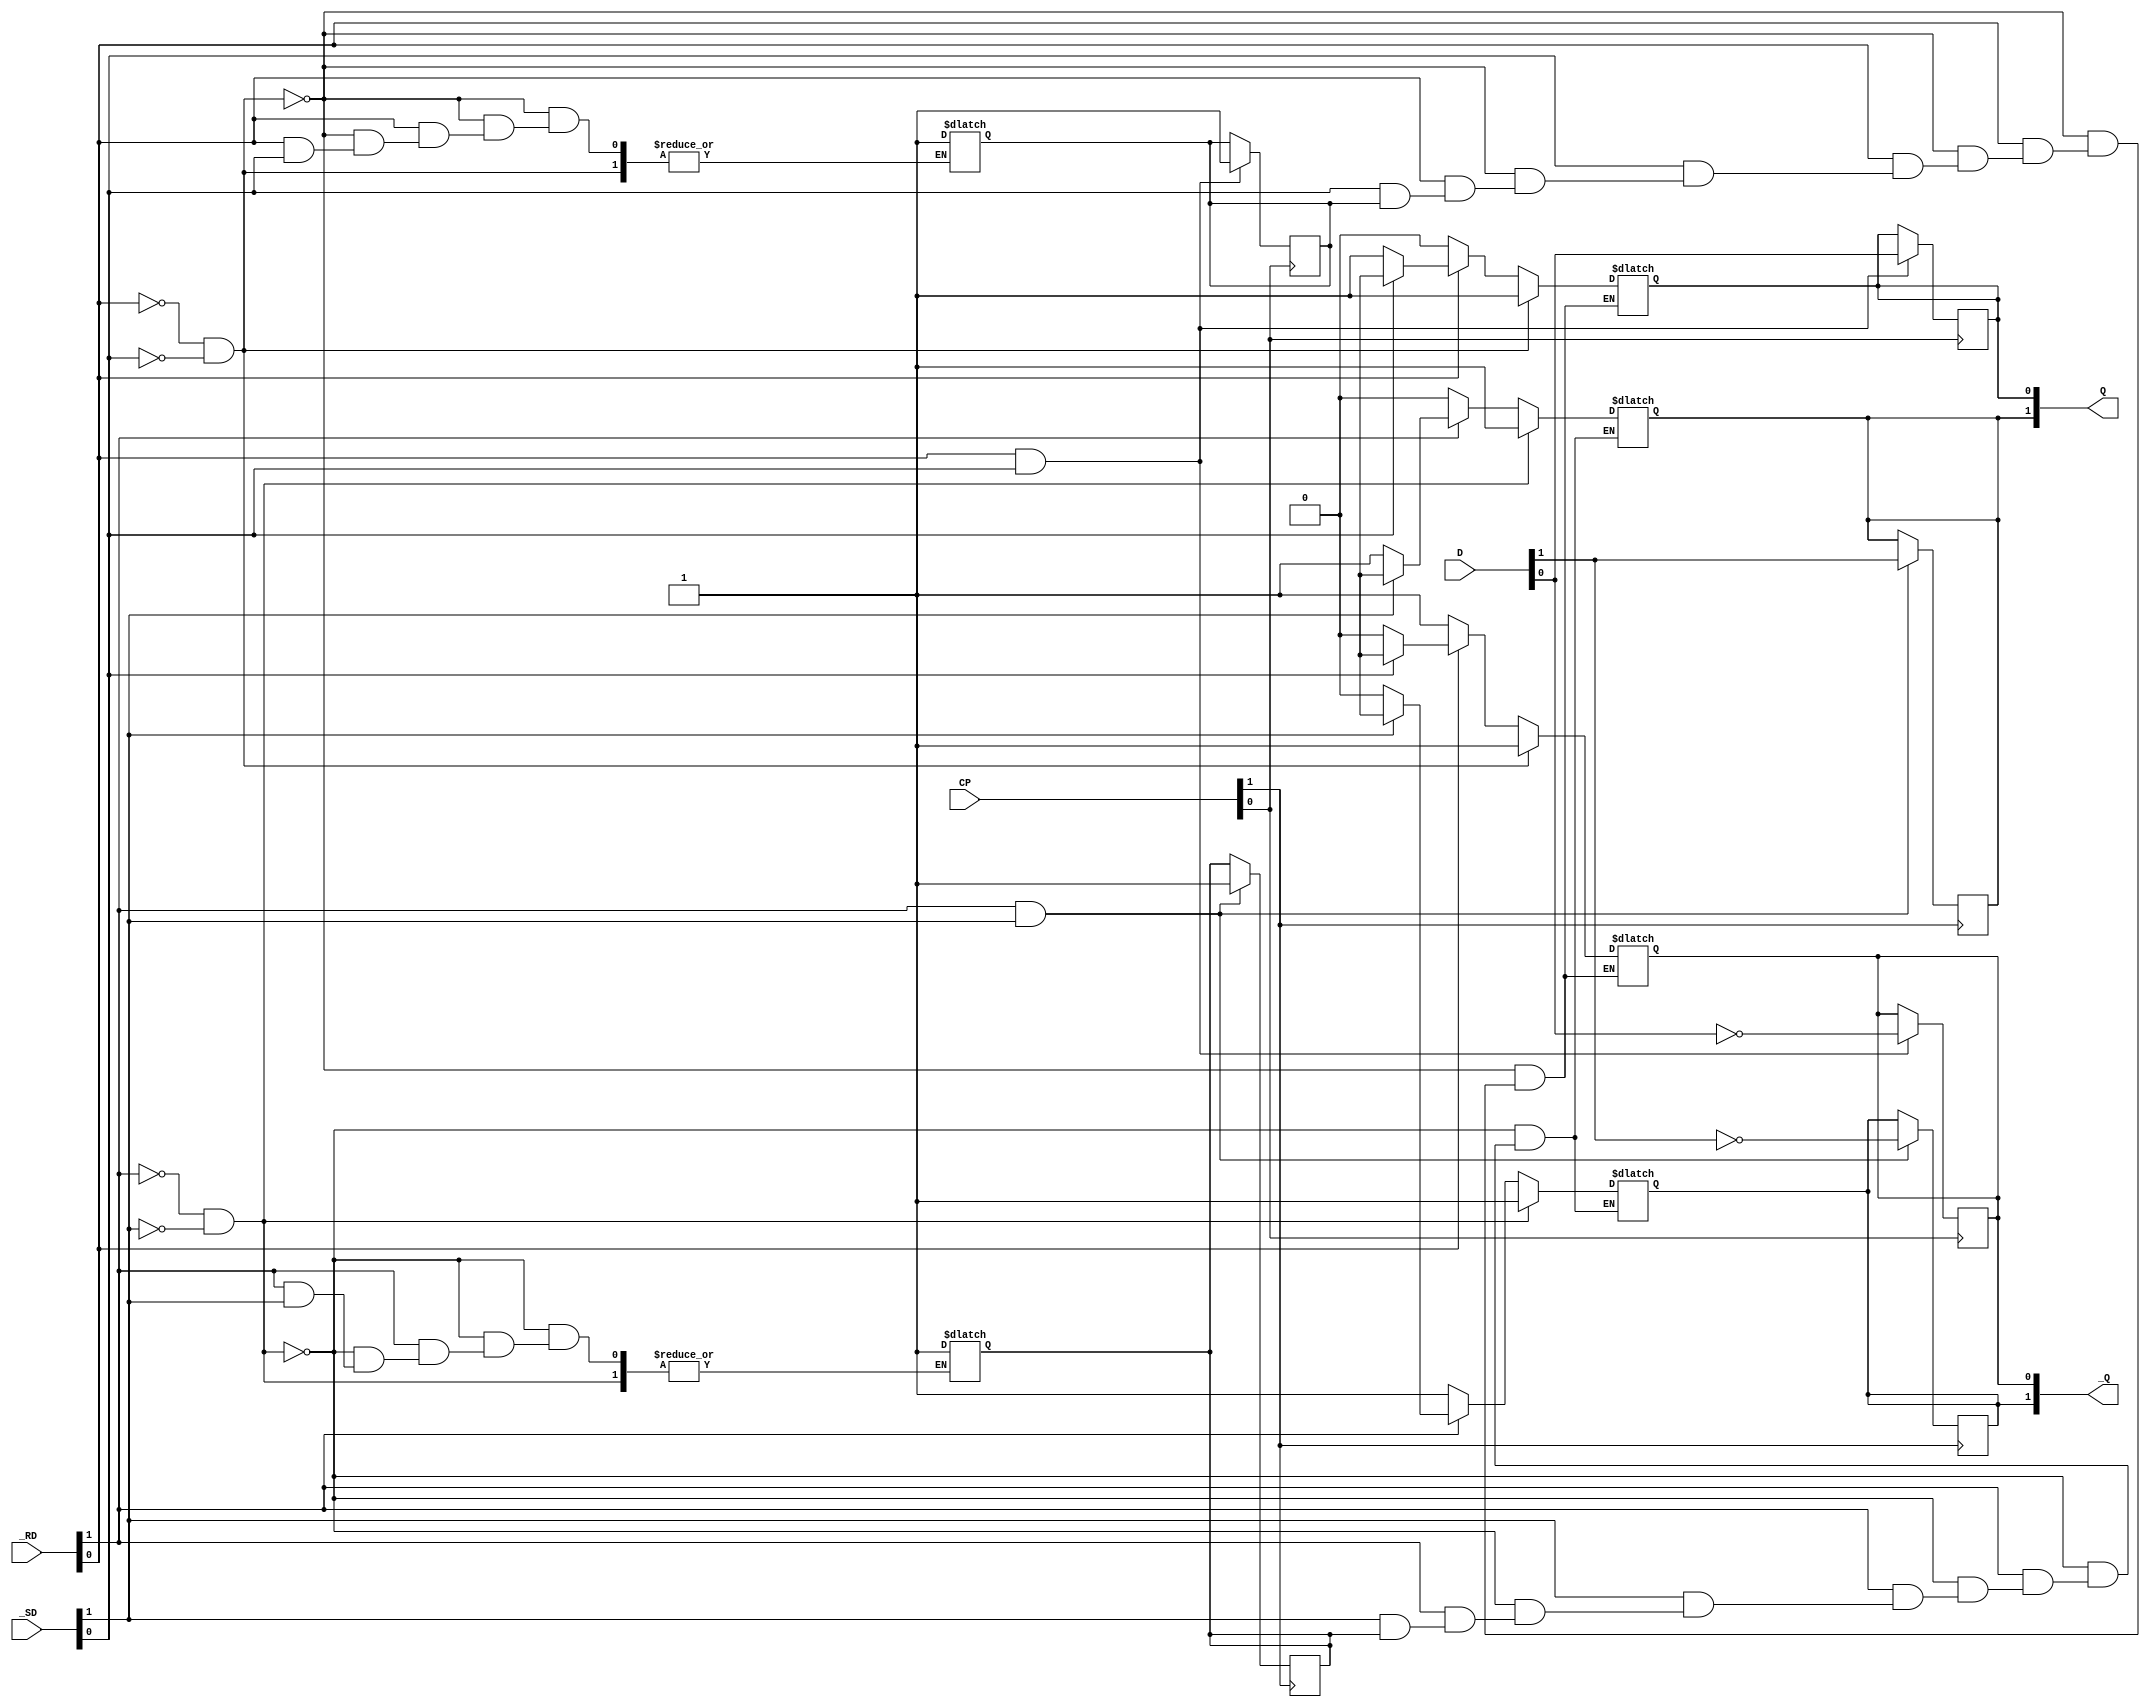
module hct7474 #(parameter BLOCKS = 2, DELAY_RISE = 18, DELAY_FALL = 18, LOG = 0, NAME = "7474FF")
(
  input [BLOCKS-1:0] _SD,
  input [BLOCKS-1:0] _RD,
  input [BLOCKS-1:0] D,
  input [BLOCKS-1:0] CP,
  output [BLOCKS-1:0] Q,
  output [BLOCKS-1:0] _Q
);

//------------------------------------------------//
reg [BLOCKS-1:0] Q_current;
reg [BLOCKS-1:0] Qb_current;
reg [BLOCKS-1:0] _SD_previous;
reg [BLOCKS-1:0] Q_defined = 0;

if (LOG) 
    always @* 
        $display("%9t ", $time, "%m  CP=%1b D=%1b _SD=%1b _RD=%1b  =>  Q=%1b _Q=%1b", CP,D,_SD, _RD, Q, _Q);

//if (LOG) always @* $display("%8d ", $time, "%s CP=%1b D=%1b _SD=%1b  _RD=%1b  Q=%1b  _Q=%1b (Qc=%1b, _Qc=%1b)", NAME, CP,D,_SD, _RD, Q, _Q, Q_current, Qb_current);

generate
  genvar i;
  for (i = 0; i < BLOCKS; i = i + 1)
  begin: gen_blocks
    always @(posedge CP[i])
    begin
      if (_RD[i] && _SD[i])
      begin
        if (LOG>1) $display("%9t", $time, " %s CLOCK IN DATA Q=%1b", NAME, D);
        Q_defined[i] = 1'b1;

        Q_current[i] = D[i];
        Qb_current[i] = !D[i];
      end
        else
        begin
        if (LOG>1) $display("%9t", $time, " %s CLOCK IN DISABLED BY CLEAR or PRESET", NAME);
        end
    end

    always @(_RD[i] or _SD[i])
    begin
      if (!_RD[i] && !_SD[i])
        begin
            if (LOG>1) $display("%9t", $time, " %s FORCE Q=_Q=1", NAME);
            Q_current[i] = 1'b1;
            Qb_current[i] = 1'b1;
        end
      else if (!_RD[i])
        begin
            if (LOG>1) $display("%9t", $time, " %s Q=0", NAME);
            Q_defined[i] = 1'b1;

            Q_current[i] = 1'b0;
            Qb_current[i] = 1'b1;
        end
      else if (!_SD[i])
        begin
            if (LOG>1) $display("%9t", $time, " %s Q=1", NAME);
            Q_defined[i] = 1'b1;

            Q_current[i] = 1'b1;
            Qb_current[i] = 1'b0;
        end
      else //
        begin
            if (!Q_defined[i]) begin
                if (LOG) $display("%9t", $time, " %s Q=X NOT CLEAR AND NOT PRESET", NAME);
                // no value has been defined - realistically a random value would be settled on, we'll use X
                Q_current[i] = 1'bx;
                Qb_current[i] = 1'bx;
            end
            else
                if (LOG>1) $display("%9t", $time, " %s Q=%1b - HOLD", NAME, Q_current);
        end
      end
  end
endgenerate
//------------------------------------------------//

assign #(DELAY_RISE, DELAY_FALL) Q = Q_current;
assign #(DELAY_RISE, DELAY_FALL) _Q = Qb_current;

endmodule